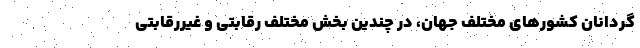
گردانان کشورهای مختلف جهان، در چندین بخش مختلف رقابتی و غیررقابتی